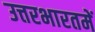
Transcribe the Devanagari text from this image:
उत्तरभारतमें